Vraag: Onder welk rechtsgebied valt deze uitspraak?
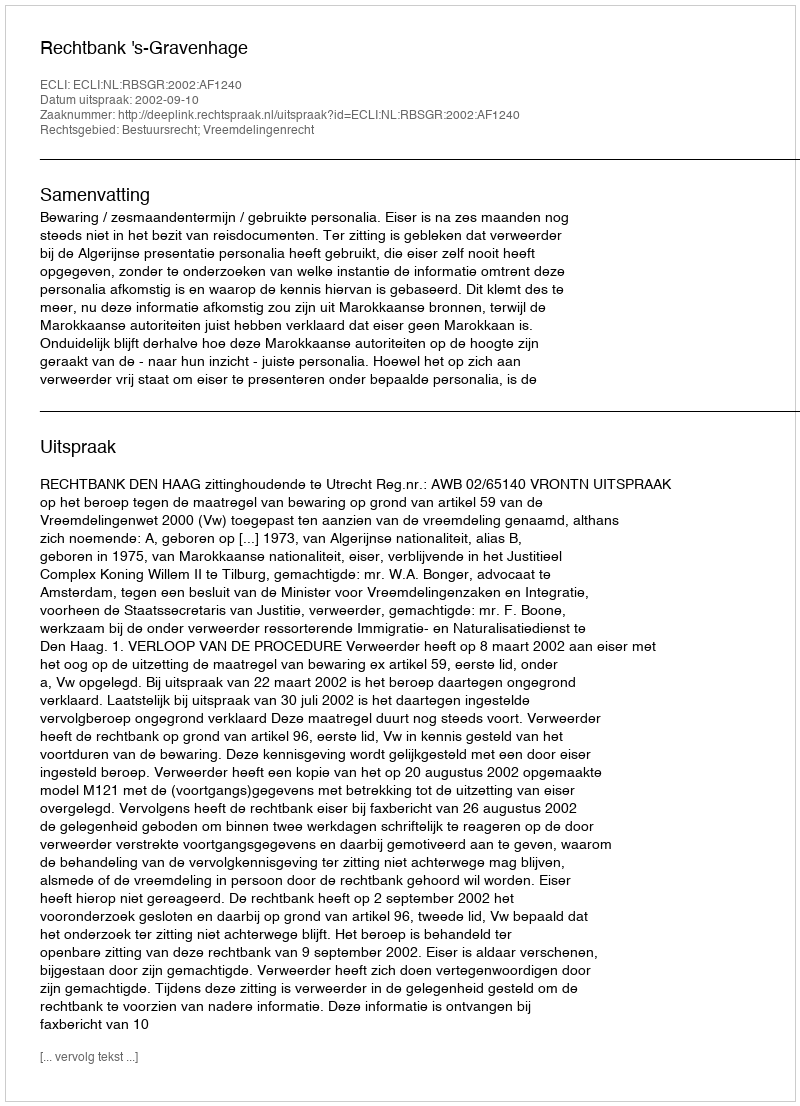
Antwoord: Bestuursrecht; Vreemdelingenrecht